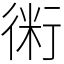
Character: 𧗱